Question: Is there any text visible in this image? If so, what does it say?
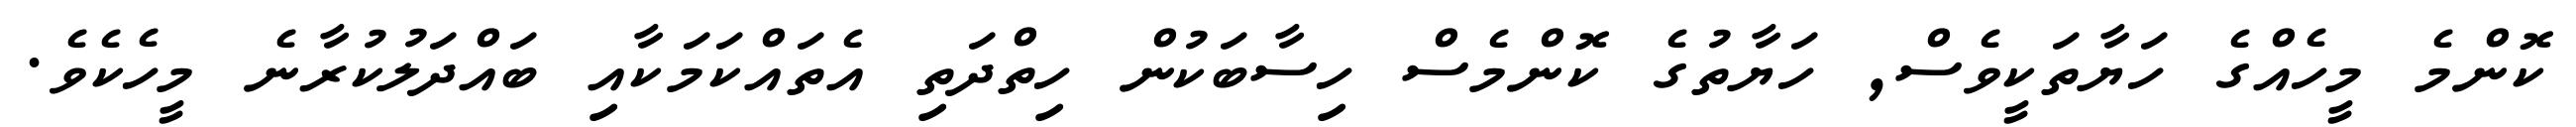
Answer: ކޮންމެ މީހެއްގެ ހަޔާތަކީވެސް, ހަޔާތުގެ ކޮންމެސް ހިސާބަކުން ހިތްދަތި އެތައްކަމަކާއި ބައްދަލުކުރާނެ މީހެކެވެ.